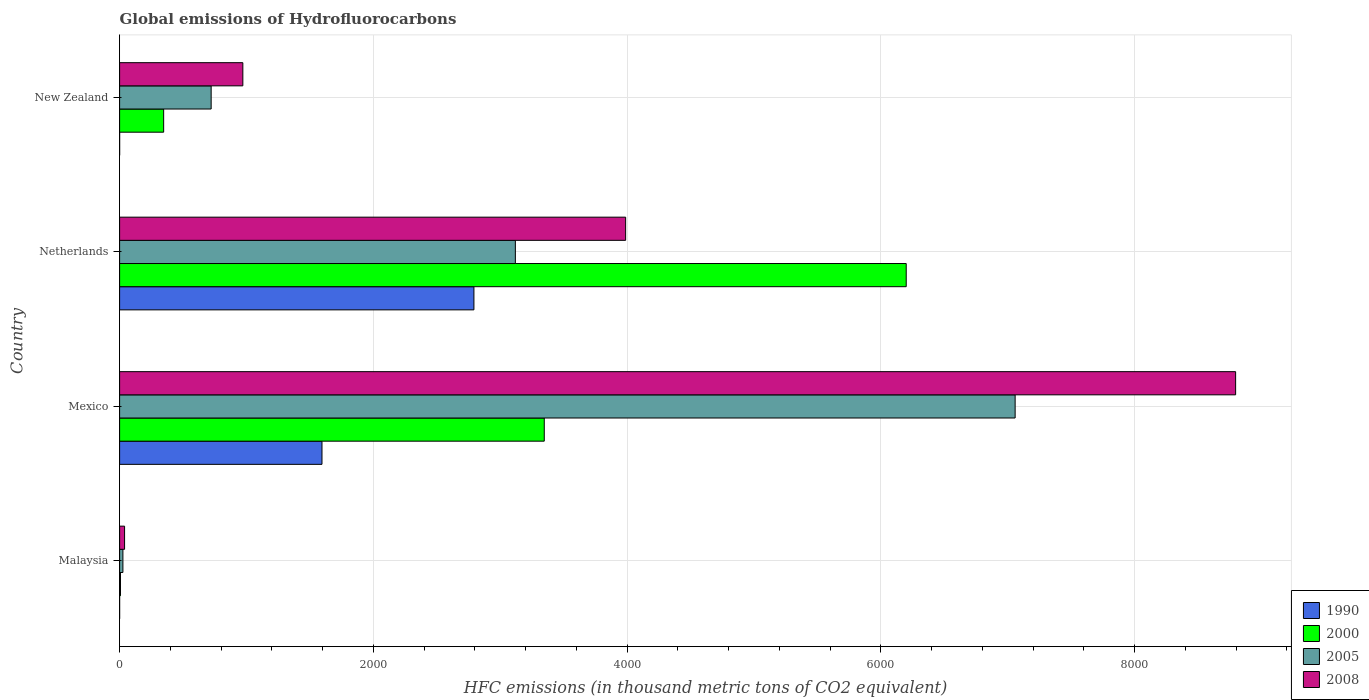
| Country | 1990 | 2000 | 2005 | 2008 |
 | --- | --- | --- | --- | --- |
 | Malaysia | 0.1 | 6.9 | 26.1 | 39.2 |
 | Mexico | 1.6e+03 | 3.35e+03 | 7.06e+03 | 8.8e+03 |
 | Netherlands | 2.79e+03 | 6.2e+03 | 3.12e+03 | 3.99e+03 |
 | New Zealand | 0.2 | 347 | 722 | 971 |